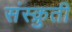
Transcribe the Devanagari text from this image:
संस्क्रुती